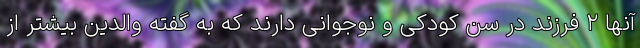
آنها ۲ فرزند در سن کودکی و نوجوانی دارند که به گفته والدین بیشتر از